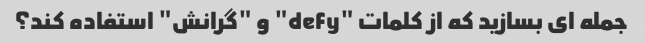
جمله ای بسازید که از کلمات "defy" و "گرانش" استفاده کند؟